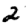
Digit: 2